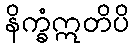
နိက္ခံဣတိပိ